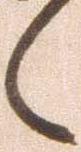
々